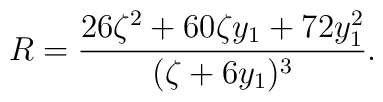
R = \frac{26\zeta^2 + 60 \zeta y_1 + 72 y_1^2}{(\zeta  + 6y_1)^3}.